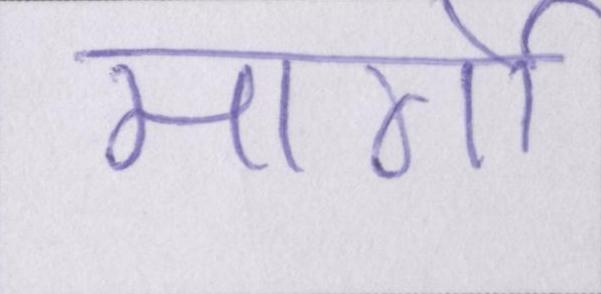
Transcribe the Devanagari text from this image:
मार्गो